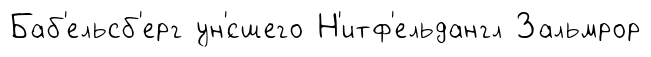
Баб'ельсб'ерг ун'́сшего Н'итф'ельдангл Зальмрор